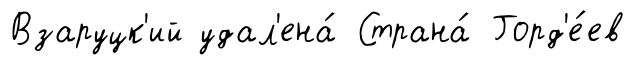
Взаруцк'ий удал'ена́ Страна́ Горд'е́ев